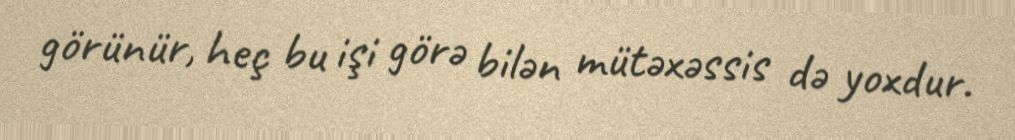
görünür, heç bu işi görə bilən mütəxəssis də yoxdur.